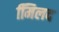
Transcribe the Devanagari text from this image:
मििलद